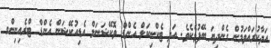
އަދާކުރައްވަމުން ގެންދިޔަ ބޭފުޅެކެވެ. އަދި ޓެކްނިކަލް އެންޑް ވޮކޭޝަނަލް އެޑިއުކޭޝަން އެންޑް ޓްރެއިނިންގ